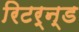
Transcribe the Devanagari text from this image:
रिटर्न्ड